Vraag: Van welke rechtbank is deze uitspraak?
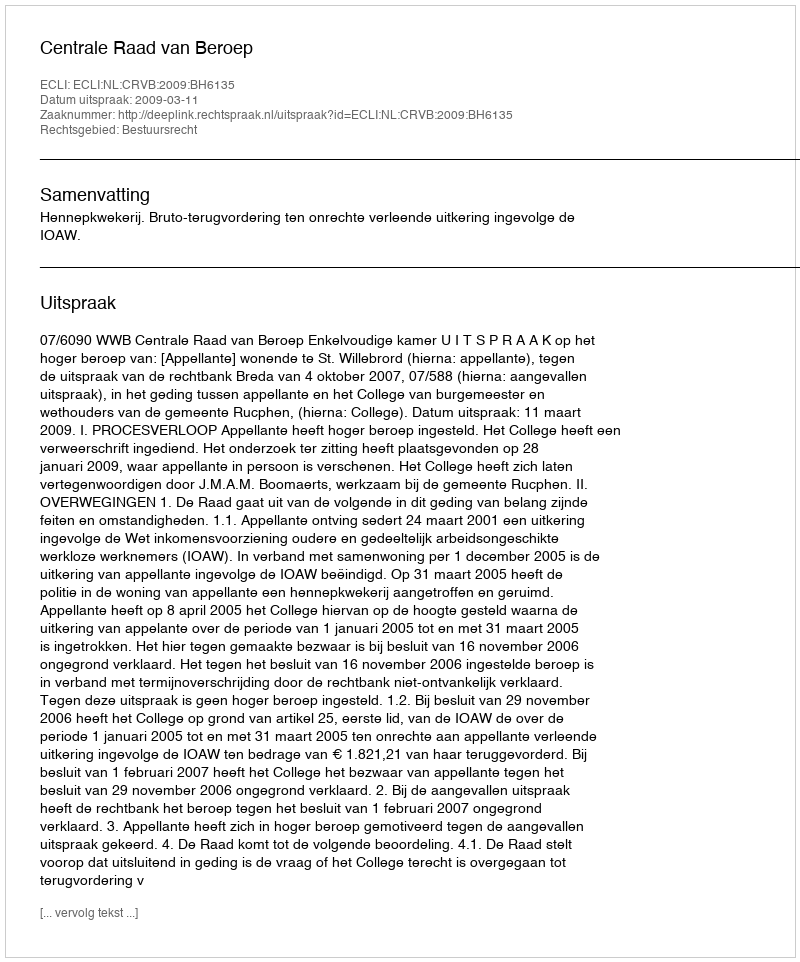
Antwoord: Centrale Raad van Beroep